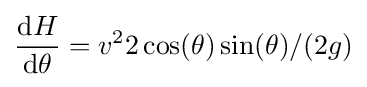
{\mathrm {d} H \over \mathrm {d} \theta }=v^{2}2\cos(\theta )\sin(\theta )/(2g)